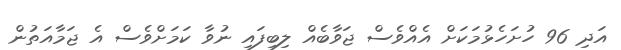
އަދި 96 ހުށަހެޅުމަކަށް އެއްވެސް ޖަވާބެއް ލިބިފައި ނުވާ ކަމަށްވެސް އެ ޖަމާއަތުން